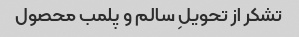
تشکر از تحویلِ سالم و پلمب محصول